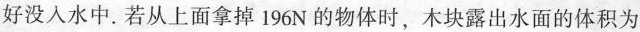
好没入水中。若从上面拿掉196N的物体时，木块露出水面的体积为